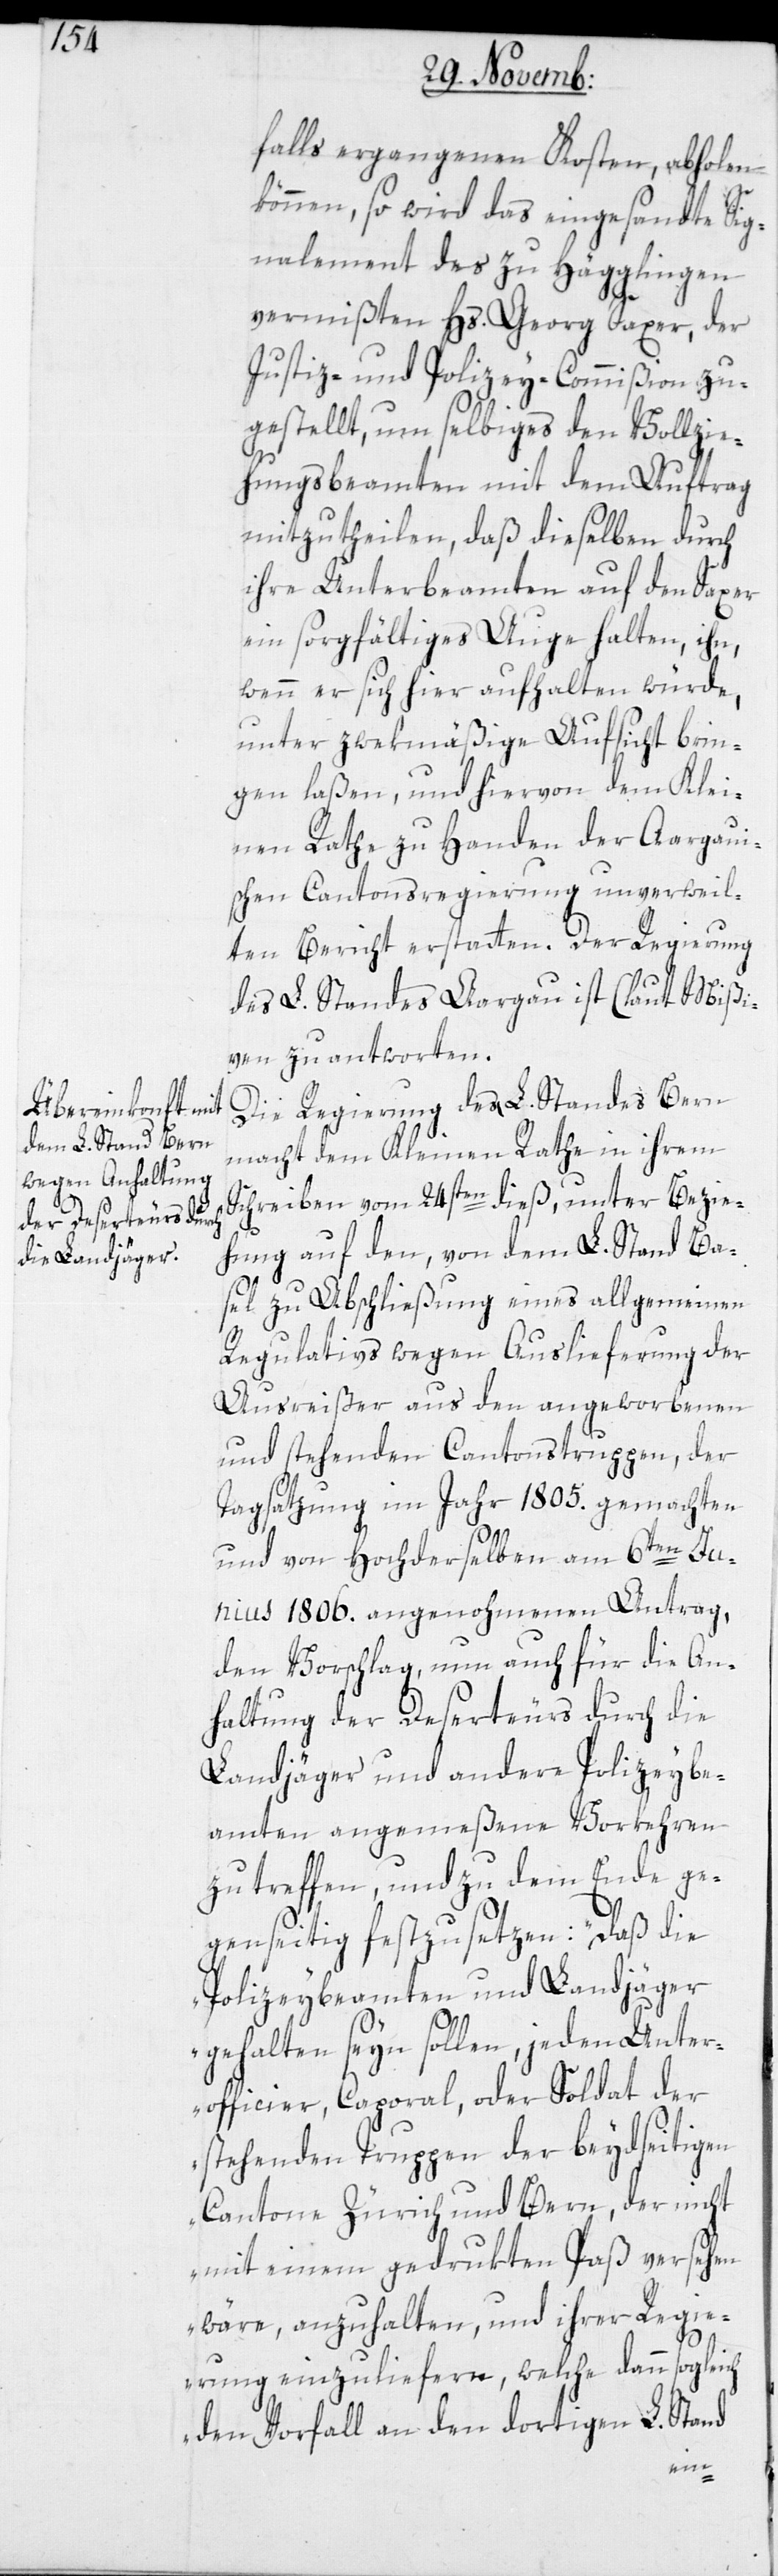
falls ergangenen Kosten, abholen
können, so wird das eingesandte Sig¬
nalement des zu Hägglingen
vermißten Hs. Georg Saxer, der
Justiz- und Polizey-Commißion zu¬
gestellt, um selbiges den Vollzie¬
hungsbeamten mit dem Auftrag
mitzutheilen, daß dieselben durch
ihre Unterbeamten auf den Saxer
ein sorgfältiges Auge halten, ihn,
wenn er sich hier aufhalten würde,
unter zwekmäßige Aufsicht brin¬
gen laßen, und hiervon dem Klei¬
nen Rathe zu Handen der Aargaui¬
schen Cantonsregierung unverweil¬
ten Bericht erstatten. Der Regierung
des L. Standes Aargau ist (laut Mißi¬
ven) zu antworten.
Die Regierung des L. Standes Bern
macht dem Kleinen Rathe in ihrem
Schreiben vom 24sten dieß, unter Bezie¬
hung auf den, von dem L. Stand Ba¬
sel zu Abschließung eines allgemeinen
Regulativs wegen Auslieferung der
Ausreißer aus den angeworbenen
und stehenden Cantonstruppen, der
Tagsatzung im Jahr 1805. gemachten
und von Hochderselben am 6ten Ju¬
nius 1806. angenohmenen Antrag,
den Vorschlag, nun auch für die An¬
haltung der Deserteurs durch die
Landjäger und andere Polizeybe¬
amten angemeßene Vorkehren
zu treffen, und zu dem Ende ge¬
genseitig festzusetzen: „Daß die
Polizeybeamten und Landjäger
gehalten seyn sollen, jeden Unter¬
officier, Corporal oder Soldat der
stehenden Truppen der beydseitigen
Cantone Zürich und Bern, der nicht
mit einem gedrukten Paß versehen
wäre, anzuhalten, und ihrer Regi¬
erung einzuliefern, welche dann sogleich
den Vorfall an den dortigen L. Stand